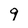
Character: 9